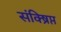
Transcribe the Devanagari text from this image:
संक्ष्रिप्त